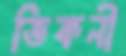
ভিকনী